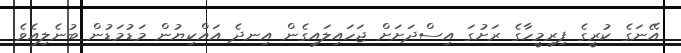
އޭނަގެ ކުރީގެ ފިރިމީހާގެ ރަށުގަ އިސްދަށަށް ޖަހައިލައިގެން އިނދެ އައްކިޔުން މަޑުމަޑުން ބުނެލިއެވެ.